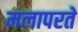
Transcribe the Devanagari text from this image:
मलापरते